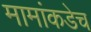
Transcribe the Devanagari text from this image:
मामांकडेच